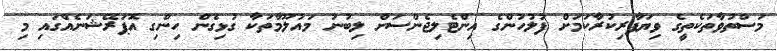
މަސްތުވާތަކެތީގެ ވިޔަފާރިކުރާކަމަށް ފުލުހުންގެ އިންޓެލިޖެންސަށް ލިބުުނު މައުލޫމާތަކާ ގުޅިގެން ހިންގި އޮޕަރޭޝަނެއްގައި މި